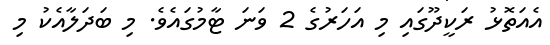
އެއަތޮޅު ރަކީދޫގައި މި އަހަރުގެ 2 ވަނަ ޓާމުގައެވެ. މި ބަދަލާއެކު މި